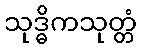
သုဒ္ဓိကသုတ္တံ